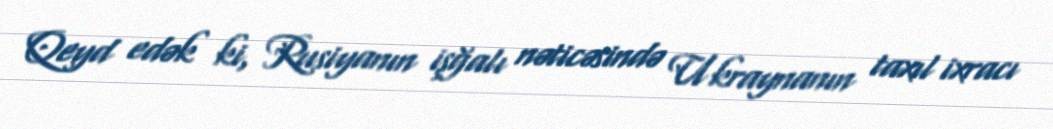
Qeyd edək ki, Rusiyanın işğalı nəticəsində Ukraynanın taxıl ixracı